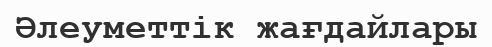
Әлеуметтік жағдайлары